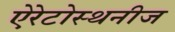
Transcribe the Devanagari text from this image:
ऐरेटोस्थनीज